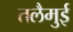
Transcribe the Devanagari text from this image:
तलैमुई